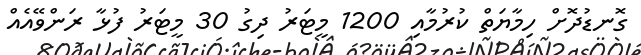
ގޮނޑުދޮށް ހިމާޔަތް ކުރުމާއި 1200 މީޓަރު ދިގު 30 މީޓަރު ފުޅާ ރަންވޭއެއް